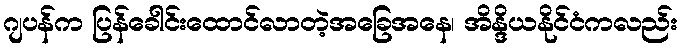
ဂျပန်က ပြန်ခေါင်းထောင်လာတဲ့အခြေအနေ၊ အိန္ဒိယနိုင်ငံကလည်း